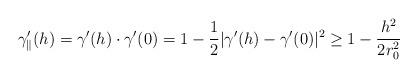
LaTeX: \begin{align*}\gamma_\parallel'(h) = \gamma'(h)\cdot \gamma'(0) = 1- \frac 12 |\gamma'(h) - \gamma'(0)|^2\ge 1 - \frac{h^2}{ 2 r_0^2} \end{align*}